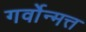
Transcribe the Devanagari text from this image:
गर्वोन्मत्त